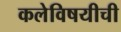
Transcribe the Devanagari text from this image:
कलेविषयीची